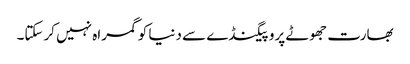
بھارت جھوٹے پروپیگنڈے سے دنیا کوگمراہ نہیں کرسکتا۔